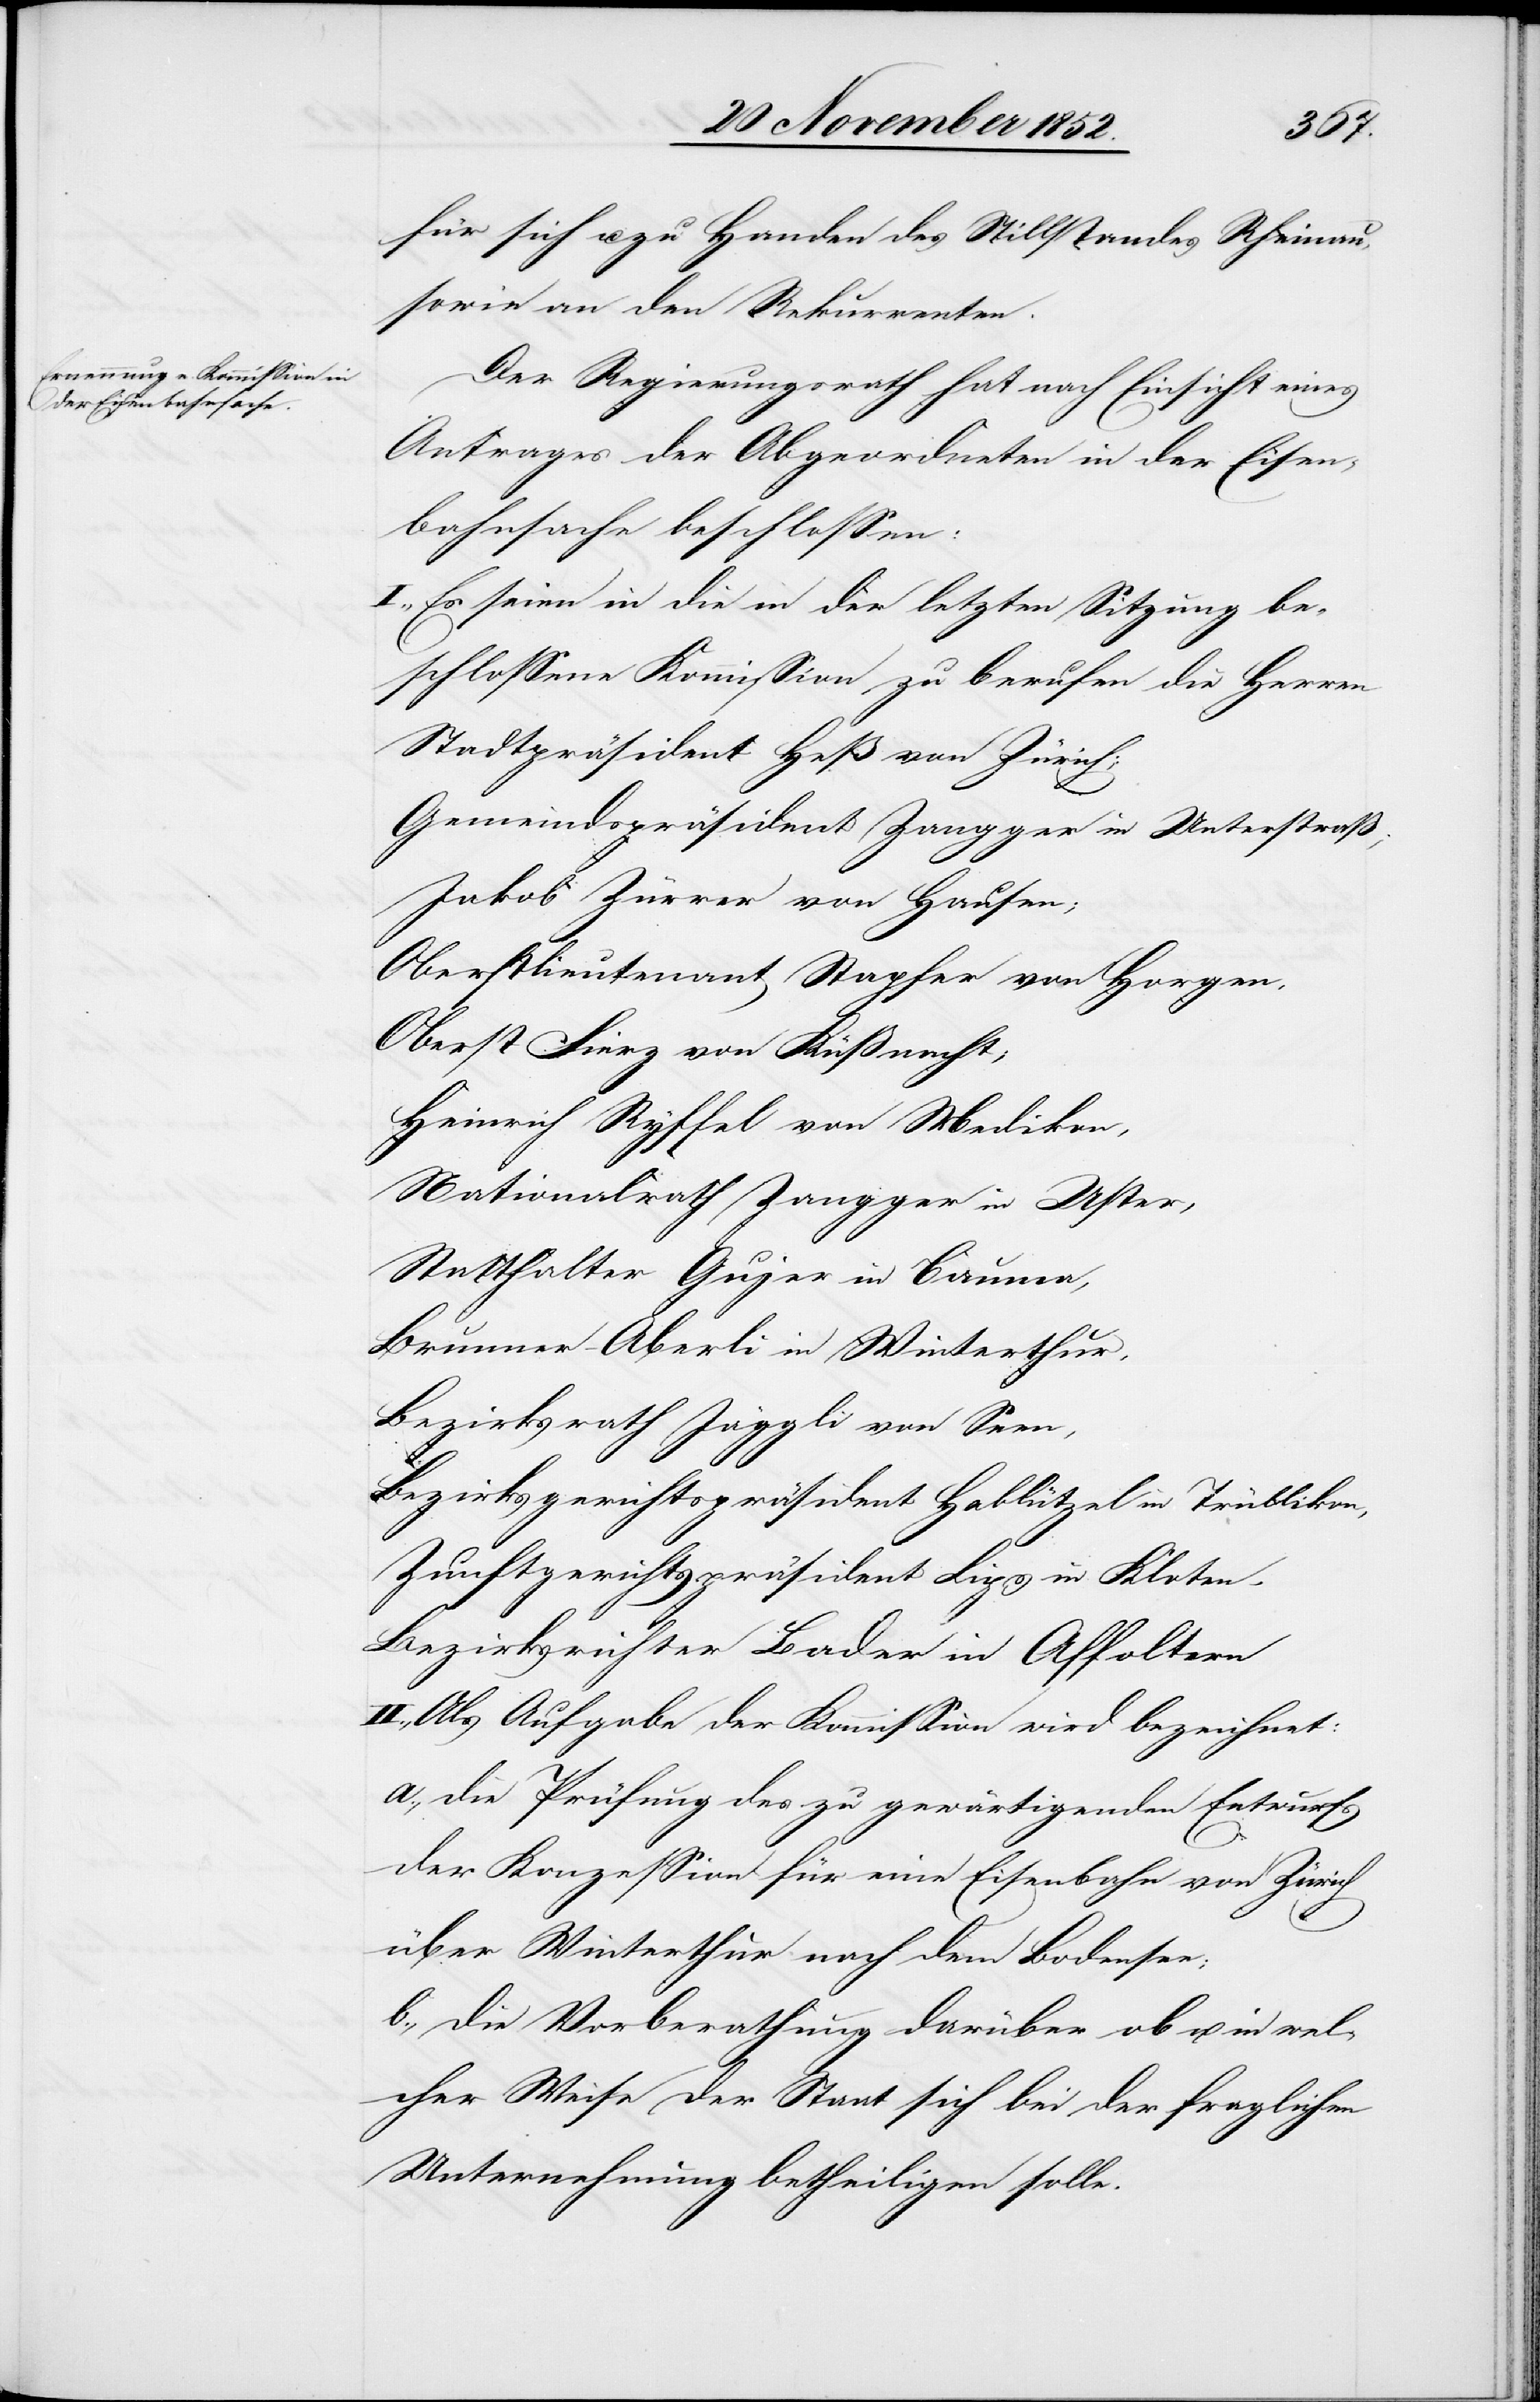
für sich u. zu Handen des Stillstandes Rheinau,
sowie an den Rekurrenten.
Der Regierungsrath hat nach Einsicht eines
Antrages der Abgeordneten in der Eisen¬
bahnsache beschlossen:
I., Es seien in die in der letzten Sitzung be¬
schlossene Kommission zu berufen die Herren
Stadtpräsident Heß von Zürich;
Gemeindspräsident Zangger in Unterstraß;
Jakob Zürrer von Hausen;
Oberstlieutenant Stapfer von Horgen,
Oberst Fierz von Küßnacht;
Heinrich Ryffel von Medikon,
Nationalrath Zangger in Uster,
Statthalter Gujer in Bauma,
Brunner-Aberli in Winterthur,
Bezirksrath Jäggli von Seen,
Bezirksgerichtspräsident Hablützel in Trüllikon,
Zunftgerichtspräsident Lips in Kloten,
Bezirksrichter Bader in Affoltern
II., Als Aufgabe der Kommission wird bezeichnet:
a., die Prüfung des zu gewärtigenden Entwurfs
der Konzession für eine Eisenbahn von Zürich
über Winterthur nach dem Bodensee;
b., die Vorberathung darüber ob u. in wel¬
cher Weise der Staat sich bei der fraglichen
Unternehmung betheiligen solle.